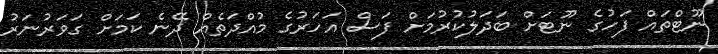
ނޫޓްތައް ފަހުގެ ނޫޓަށް ބަދަލުކުރުމަށް ފަސް އަހަރުގެ މުއްދަތެއް ދޭނެ ކަމަށް ގަވަރުނަރު